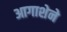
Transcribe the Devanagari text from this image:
आगाशेने